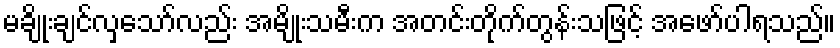
မချိုးချင်လှသော်လည်း အမျိုးသမီးက အတင်းတိုက်တွန်းသဖြင့် အဖော်ပါရသည်။